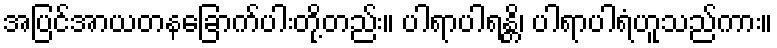
အပြင်အာယတနခြောက်ပါးတို့တည်း။ ပါရာပါရန္တိ၊ ပါရာပါရံဟူသည်ကား။